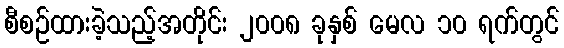
စီစဉ်ထားခဲ့သည့်အတိုင်း ၂၀၀၈ ခုနှစ် မေလ ၁၀ ရက်တွင်